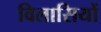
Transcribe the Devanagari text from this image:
विलासियों